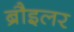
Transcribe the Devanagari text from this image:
ब्रौइलर